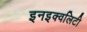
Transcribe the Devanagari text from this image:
इनइक्वलिटी